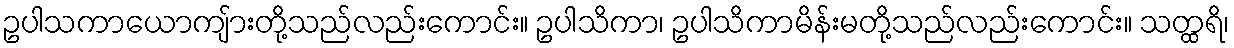
ဥပါသကာယောကျ်ားတို့သည်လည်းကောင်း။ ဥပါသိကာ၊ ဥပါသိကာမိန်းမတို့သည်လည်းကောင်း။ သတ္ထရိ၊